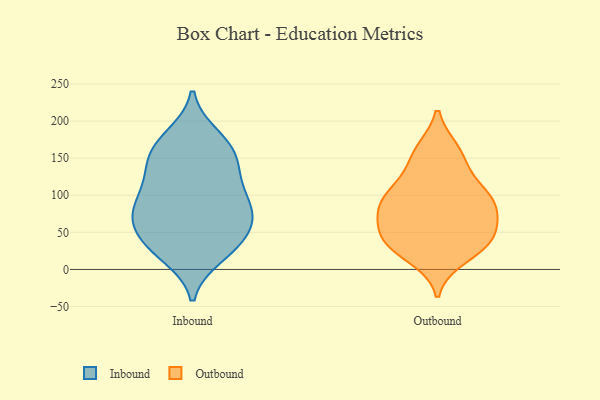
{"axis": {"x": "Customer Acquisition Cost (USD)", "y": "Value"}, "legend": ["Inbound", "Outbound"], "data": [{"x": "", "y": 156, "type": "Inbound"}, {"x": "", "y": 82, "type": "Inbound"}, {"x": "", "y": 33, "type": "Inbound"}, {"x": "", "y": 92, "type": "Inbound"}, {"x": "", "y": 142, "type": "Inbound"}, {"x": "", "y": 172, "type": "Inbound"}, {"x": "", "y": 133, "type": "Inbound"}, {"x": "", "y": 19, "type": "Inbound"}, {"x": "", "y": 179, "type": "Inbound"}, {"x": "", "y": 67, "type": "Inbound"}, {"x": "", "y": 162, "type": "Inbound"}, {"x": "", "y": 29, "type": "Inbound"}, {"x": "", "y": 81, "type": "Inbound"}, {"x": "", "y": 68, "type": "Inbound"}, {"x": "", "y": 109, "type": "Inbound"}, {"x": "", "y": 120, "type": "Inbound"}, {"x": "", "y": 51, "type": "Inbound"}, {"x": "", "y": 31, "type": "Inbound"}, {"x": "", "y": 73, "type": "Inbound"}, {"x": "", "y": 144, "type": "Outbound"}, {"x": "", "y": 104, "type": "Outbound"}, {"x": "", "y": 48, "type": "Outbound"}, {"x": "", "y": 109, "type": "Outbound"}, {"x": "", "y": 67, "type": "Outbound"}, {"x": "", "y": 17, "type": "Outbound"}, {"x": "", "y": 41, "type": "Outbound"}, {"x": "", "y": 33, "type": "Outbound"}, {"x": "", "y": 36, "type": "Outbound"}, {"x": "", "y": 32, "type": "Outbound"}, {"x": "", "y": 79, "type": "Outbound"}, {"x": "", "y": 95, "type": "Outbound"}, {"x": "", "y": 160, "type": "Outbound"}, {"x": "", "y": 98, "type": "Outbound"}, {"x": "", "y": 68, "type": "Outbound"}, {"x": "", "y": 88, "type": "Outbound"}, {"x": "", "y": 158, "type": "Outbound"}]}